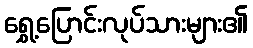
ရွှေ့ပြောင်းလုပ်သားများ၏